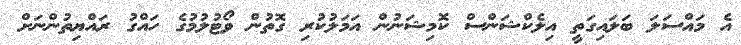
އެ މައްސަލަ ބަލައިގަތީ އިލެކްޝަންސް ކޮމިޝަނުން އަމަލުކުރި ގޮތުން ވޯޓުލުމުގެ ހައްގު ރައްޔިތުންނަށް